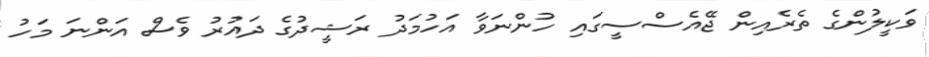
ވަކީލުންގެ ތެރެއިން ޖޭއެސްސީގައި ހުންނަވާ އަހުމަދު ރަޝީދުގެ ދައުރު ވެސް އަންނަ މަހު